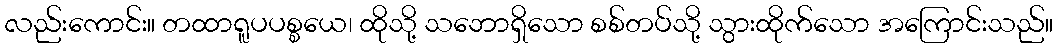
လည်းကောင်း။ တထာရူပပစ္စယေ၊ ထိုသို့ သဘောရှိသော စစ်တပ်သို့ သွားထိုက်သော အကြောင်းသည်။